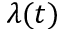
\lambda ( t )